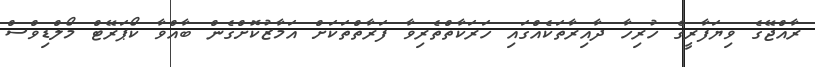
ރާއްޖޭގެ ވިޔަފާރީގެ ހުރިހާ ދާއިރާތަކެއްގައި ހަރަކާތްތެރިވާ ފަރާތްތަކަށް އަމާޒުކޮށްގެން ބާއްވާ ކޯޕަރޭޓް މޯލްޑިވްސް